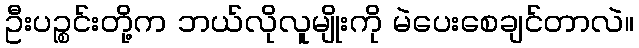
ဦးပဉ္စင်းတို့က ဘယ်လိုလူမျိုးကို မဲပေးစေချင်တာလဲ။